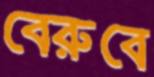
বেরুবে